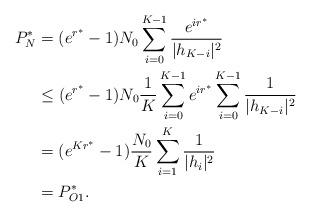
LaTeX: \begin{align*} \begin{aligned}P_N^*&=(e^{r^*}-1)N_0\sum_{i=0}^{K-1}\frac{e^{ir^*}}{|h_{K-i}|^2}\\ &\leq (e^{r^*}-1)N_0 \frac{1}{K}\sum_{i=0}^{K-1} e^{ir^*}\sum_{i=0}^{K-1}\frac{1}{|h_{K-i}|^2}\\ &=(e^{Kr^*}-1)\frac{N_0}{K}\sum_{i=1}^{K }\frac{1}{|h_i|^2}\\ &=P_{O1}^*.\end{aligned}\end{align*}